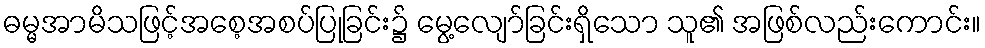
ဓမ္မအာမိသဖြင့်အစေ့အစပ်ပြုခြင်း၌ မွေ့လျော်ခြင်းရှိသော သူ၏ အဖြစ်လည်းကောင်း။